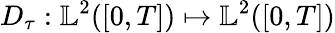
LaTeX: D_{\tau}:\mathbb{L}^{2}([0,T])\mapsto\mathbb{L}^{2}([0,T])